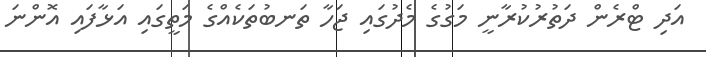
އަދި ޓްރެން ދަތުރުކުރާނީ މަގުގެ މެދުގައި ޖަހާ ތަނބުތަކެއްގެ މަތީގައި އަޅާފައި އޮންނަ